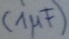
Text: (1µF)